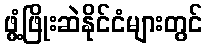
ဖွံ့ဖြိုးဆဲနိုင်ငံများတွင်